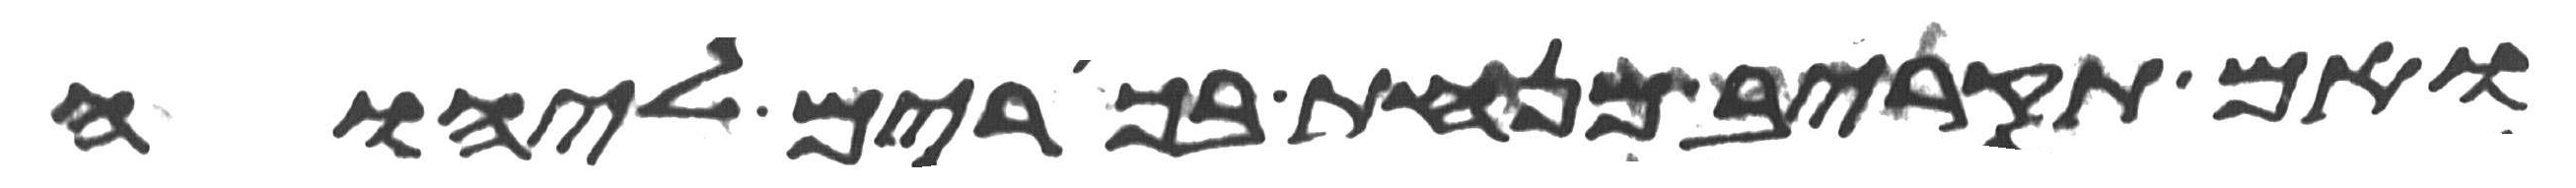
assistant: ואם תקריב מנחת בכורים ליהוה